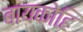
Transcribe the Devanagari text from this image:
बायकोहि